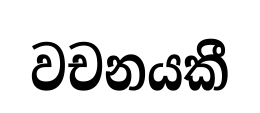
වචනයකී